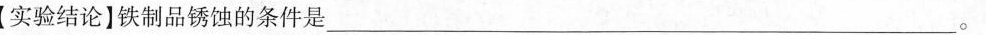
【实验结论]铁制品锈蚀的条件是___。